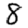
Digit: 8